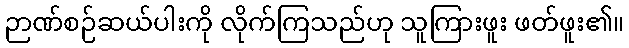
ဉာဏ်စဉ်ဆယ်ပါးကို လိုက်ကြသည်ဟု သူကြားဖူး ဖတ်ဖူး၏။